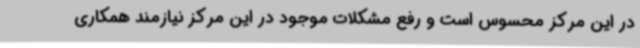
در این مرکز محسوس است و رفع مشکلات موجود در این مرکز نیازمند همکاری